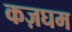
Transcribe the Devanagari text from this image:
कज़घम